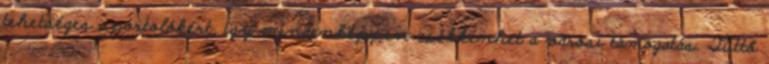
tehetséges sportolókért, így mindenképpen csökkenhet a városi támogatás. Tüttő